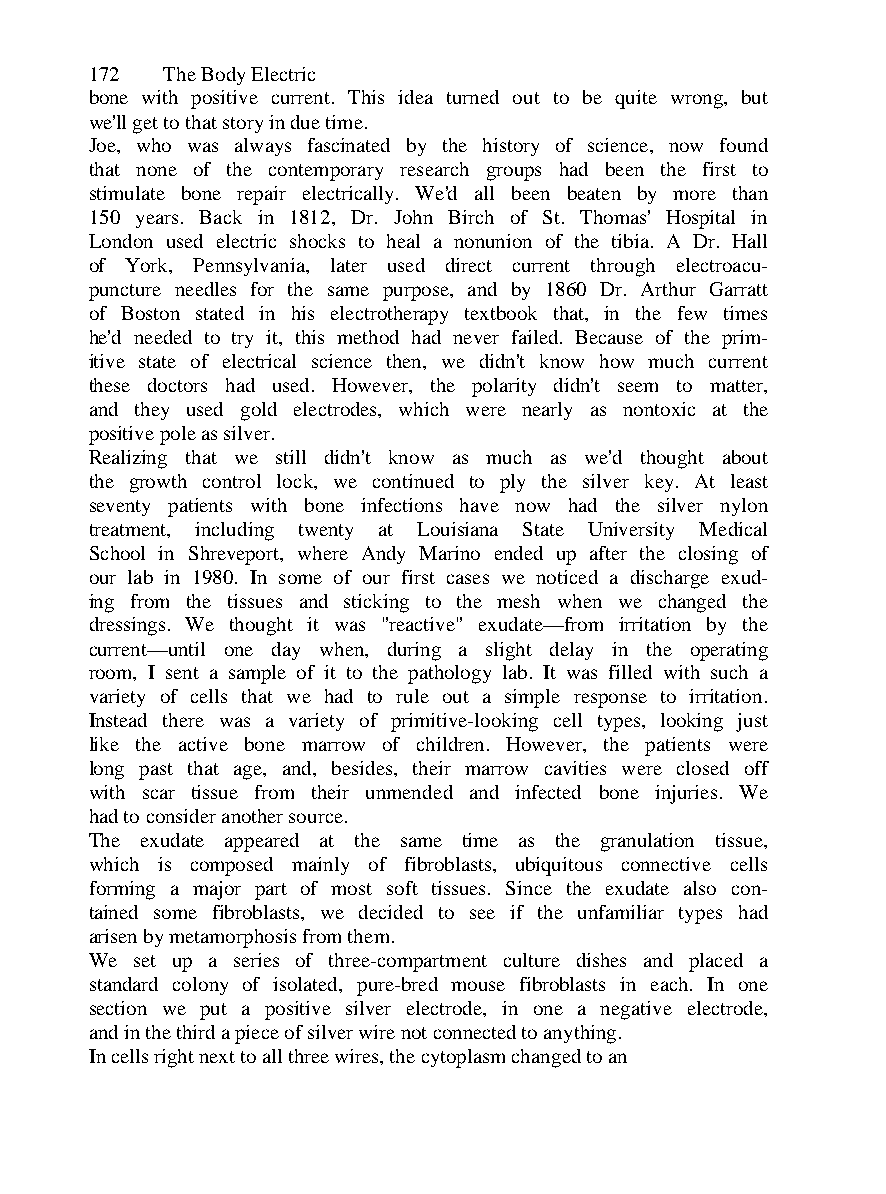
172  The Body Electric
 bone with positive current. This idea turned out to be quite wrong, but
 we'll get to that story in due time.
 Joe, who was always fascinated by the history of science, now found
 that none of the contemporary research groups had been the first to
 stimulate bone repair electrically. We'd all been beaten by more than
 150 years. Back in 1812, Dr. John Birch of St. Thomas' Hospital in
 London used electric shocks to heal a nonunion of the tibia. A Dr. Hall
 of York, Pennsylvania, later used direct current through electroacu-
 puncture needles for the same purpose, and by 1860 Dr. Arthur Garratt
 of Boston stated in his electrotherapy textbook that, in the few times
 he'd needed to try it, this method had never failed. Because of the prim-
 itive state of electrical science then, we didn't know how much current
 these doctors had used. However, the polarity didn't seem to matter,
 and they used gold electrodes, which were nearly as nontoxic at the
 positive pole as silver.
 Realizing that we still didn't know as much as we'd thought about
 the growth control lock, we continued to ply the silver key. At least
 seventy patients with bone infections have now had the silver nylon
 treatment, including twenty at Louisiana State University Medical
 School in Shreveport, where Andy Marino ended up after the closing of
 our lab in 1980. In some of our first cases we noticed a discharge exud-
 ing from the tissues and sticking to the mesh when we changed the
 dressings. We thought it was "reactive" exudate—from irritation by the
 current—until one day when, during a slight delay in the operating
 room, I sent a sample of it to the pathology lab. It was filled with such a
 variety of cells that we had to rule out a simple response to irritation.
 Instead there was a variety of primitive-looking cell types, looking just
 like the active bone marrow of children. However, the patients were
 long past that age, and, besides, their marrow cavities were closed off
 with scar tissue from their unmended and infected bone injuries. We
 had to consider another source.
 The exudate appeared at the same time as the granulation tissue,
 which is composed mainly of fibroblasts, ubiquitous connective cells
 forming a major part of most soft tissues. Since the exudate also con-
 tained some fibroblasts, we decided to see if the unfamiliar types had
 arisen by metamorphosis from them.
 We set up a series of three-compartment culture dishes and placed a
 standard colony of isolated, pure-bred mouse fibroblasts in each. In one
 section we put a positive silver electrode, in one a negative electrode,
 and in the third a piece of silver wire not connected to anything.
 In cells right next to all three wires, the cytoplasm changed to an